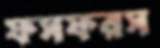
ফসফরস